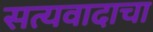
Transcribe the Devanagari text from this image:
सत्यवादाचा